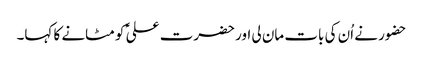
حضور نے اُن کی بات مان لی اور حضرت علی ؑ کو مٹانے کا کہا۔